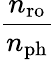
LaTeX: \frac{n_{\mathrm{ro}}}{n_{\mathrm{ph}}}